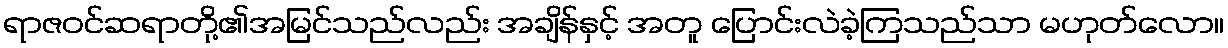
ရာဇဝင်ဆရာတို့၏အမြင်သည်လည်း အချိန်နှင့် အတူ ပြောင်းလဲခဲ့ကြသည်သာ မဟုတ်လော။